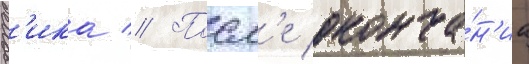
вг'ика // Посл'е оконча́н'иа